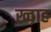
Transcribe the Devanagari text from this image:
ख्व़ाह